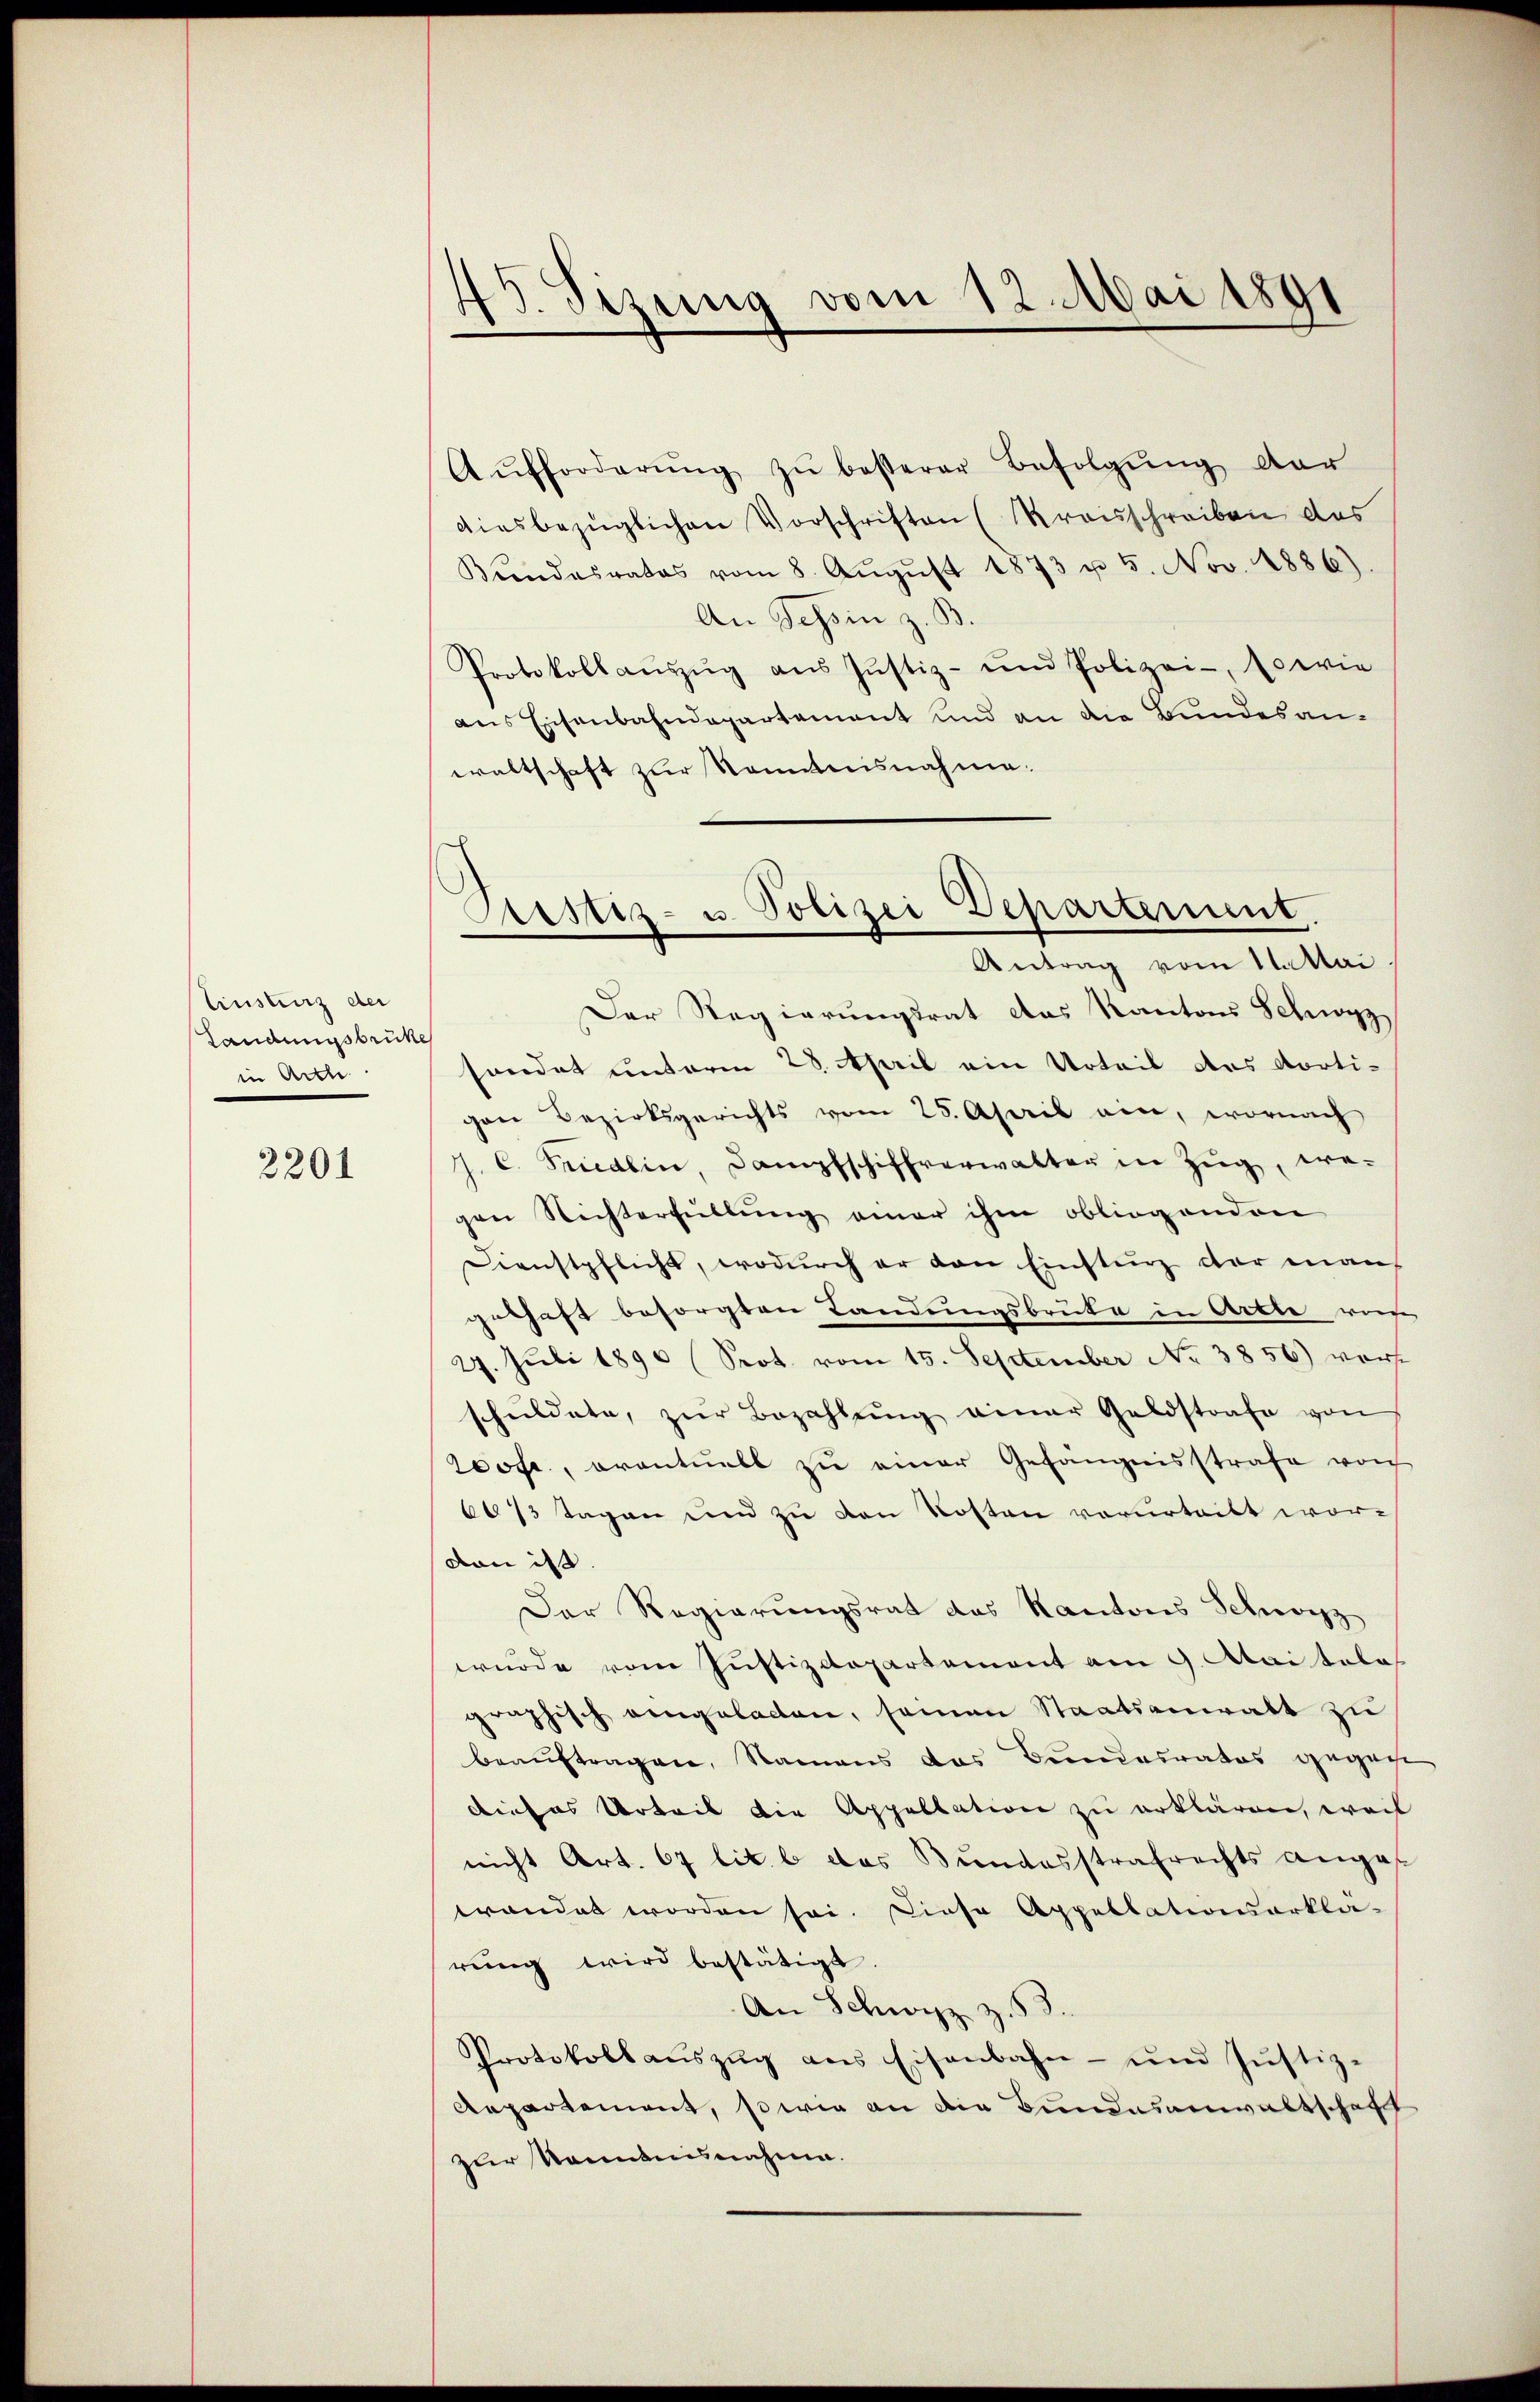
Einsturz der
Landungsbrüke
in Arch

2201

45. Sizung vom 12. Mai 1891

E
Aristiz- u. Polizei Departement.
Antrag vom 11. Mai

Aŭfforderŭng zŭ besterer Befolgŭng der
diesbezüglichen Vorschriften (Krauschreiben das
Kindesrates vom 8. Aŭgŭst 1873 u 5. Nov. 1886).
An Tessin z. B.
Protokollaŭszŭg aŭs Jŭstiz- und Polizei-, so wie
aus Eisenbahndepartement und an die Bundesanwaltschaft zur Kenntnisnahme.
Der Regierungsrat das Kantons Schwyz
sendet unterm 28. April ein Urteil des dortigen Bezirksgerichts vom 25. April ein, wornach
J. C. Friedlin, Dampfschiffverwalter in Zŭg, wegen Nichterfüllung einer ihm obliegenden
Dienstpflicht, wodurch er den Einsturz der man
gethaft besorgten Landungsbruke in Arthe vor
27. Juli 1890 (Srot vom 15. September No 3856) vor-
schuldete, zŭr Bezahlŭng einer Geldstrafe von
200fr., eventuell zu einer Gefängnisstrafe von
6673 Tagen und zu den Kosten verurteilt wor-
von ist.
Der Regierungsrat das Kantons Schwyz
wurde vom Justizdepartement am 9. Maital
graphisch eingeladen, seien Staatsanwalt zu
beauftragen, Namens das Bundesrates gegen
dieses Urteil die Appellation zu erklären, weil
nicht Art. 67 lit. b das Bundesstrafrechts anges
wandet worden sei. Diese Appellationarkla-
rŭng wird bestätigt.
An Schwyz z. B.
Protokollaŭszŭg ans Eisenbahn- und Jŭstiz-
Aepartement, sowie an die Bundesanwaltschaft
zur Kenntnisnahme.